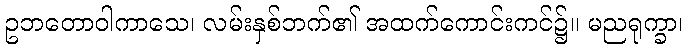
ဥဘတောဝါကာသေ၊ လမ်းနှစ်ဘက်၏ အထက်ကောင်းကင်၌။ မညရုက္ခာ၊